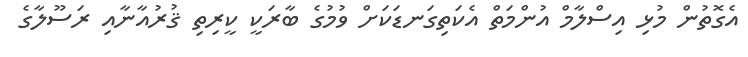
އެގޮތުން މުޅި އިސްލާމް އުންމަތް އެކަތިގަނޑަކަށް ވުމުގެ ބާރަކީ ކީރިތި ޤުރުއާނާއި ރަސޫލާގެ